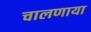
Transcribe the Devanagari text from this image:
चालणाया